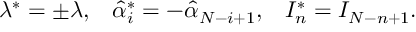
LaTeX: \lambda ^ { * } = \pm \lambda , \; \; \; \hat { \alpha } _ { i } ^ { * } = - \hat { \alpha } _ { N - i + 1 } , \; \; \; I _ { n } ^ { * } = I _ { N - n + 1 } .